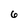
Character: 6